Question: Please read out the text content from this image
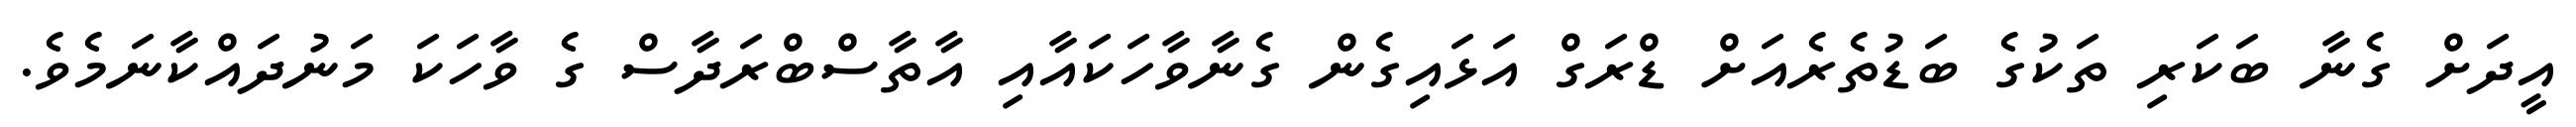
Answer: އީދަށް ގެނާ ބަކަރި ތަކުގެ ބަޑުތެރެއަށް ޑްރަގް އަޅައިގެން ގެނާވާހަކައާއި އާތާސްބްރަދާސް ގެ ވާހަކަ މަނުދައްކާނަމެވެ.